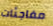
مفاجئات